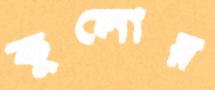
কুলোয়